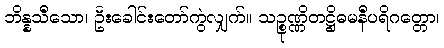
ဘိန္နသီသော၊ ဦးခေါင်းတော်ကွဲလျှက်။ သဉ္စုဏ္ဏိတဋ္ဌိဓမနီပရိဂတ္တော၊